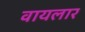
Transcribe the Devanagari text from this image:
वायलार